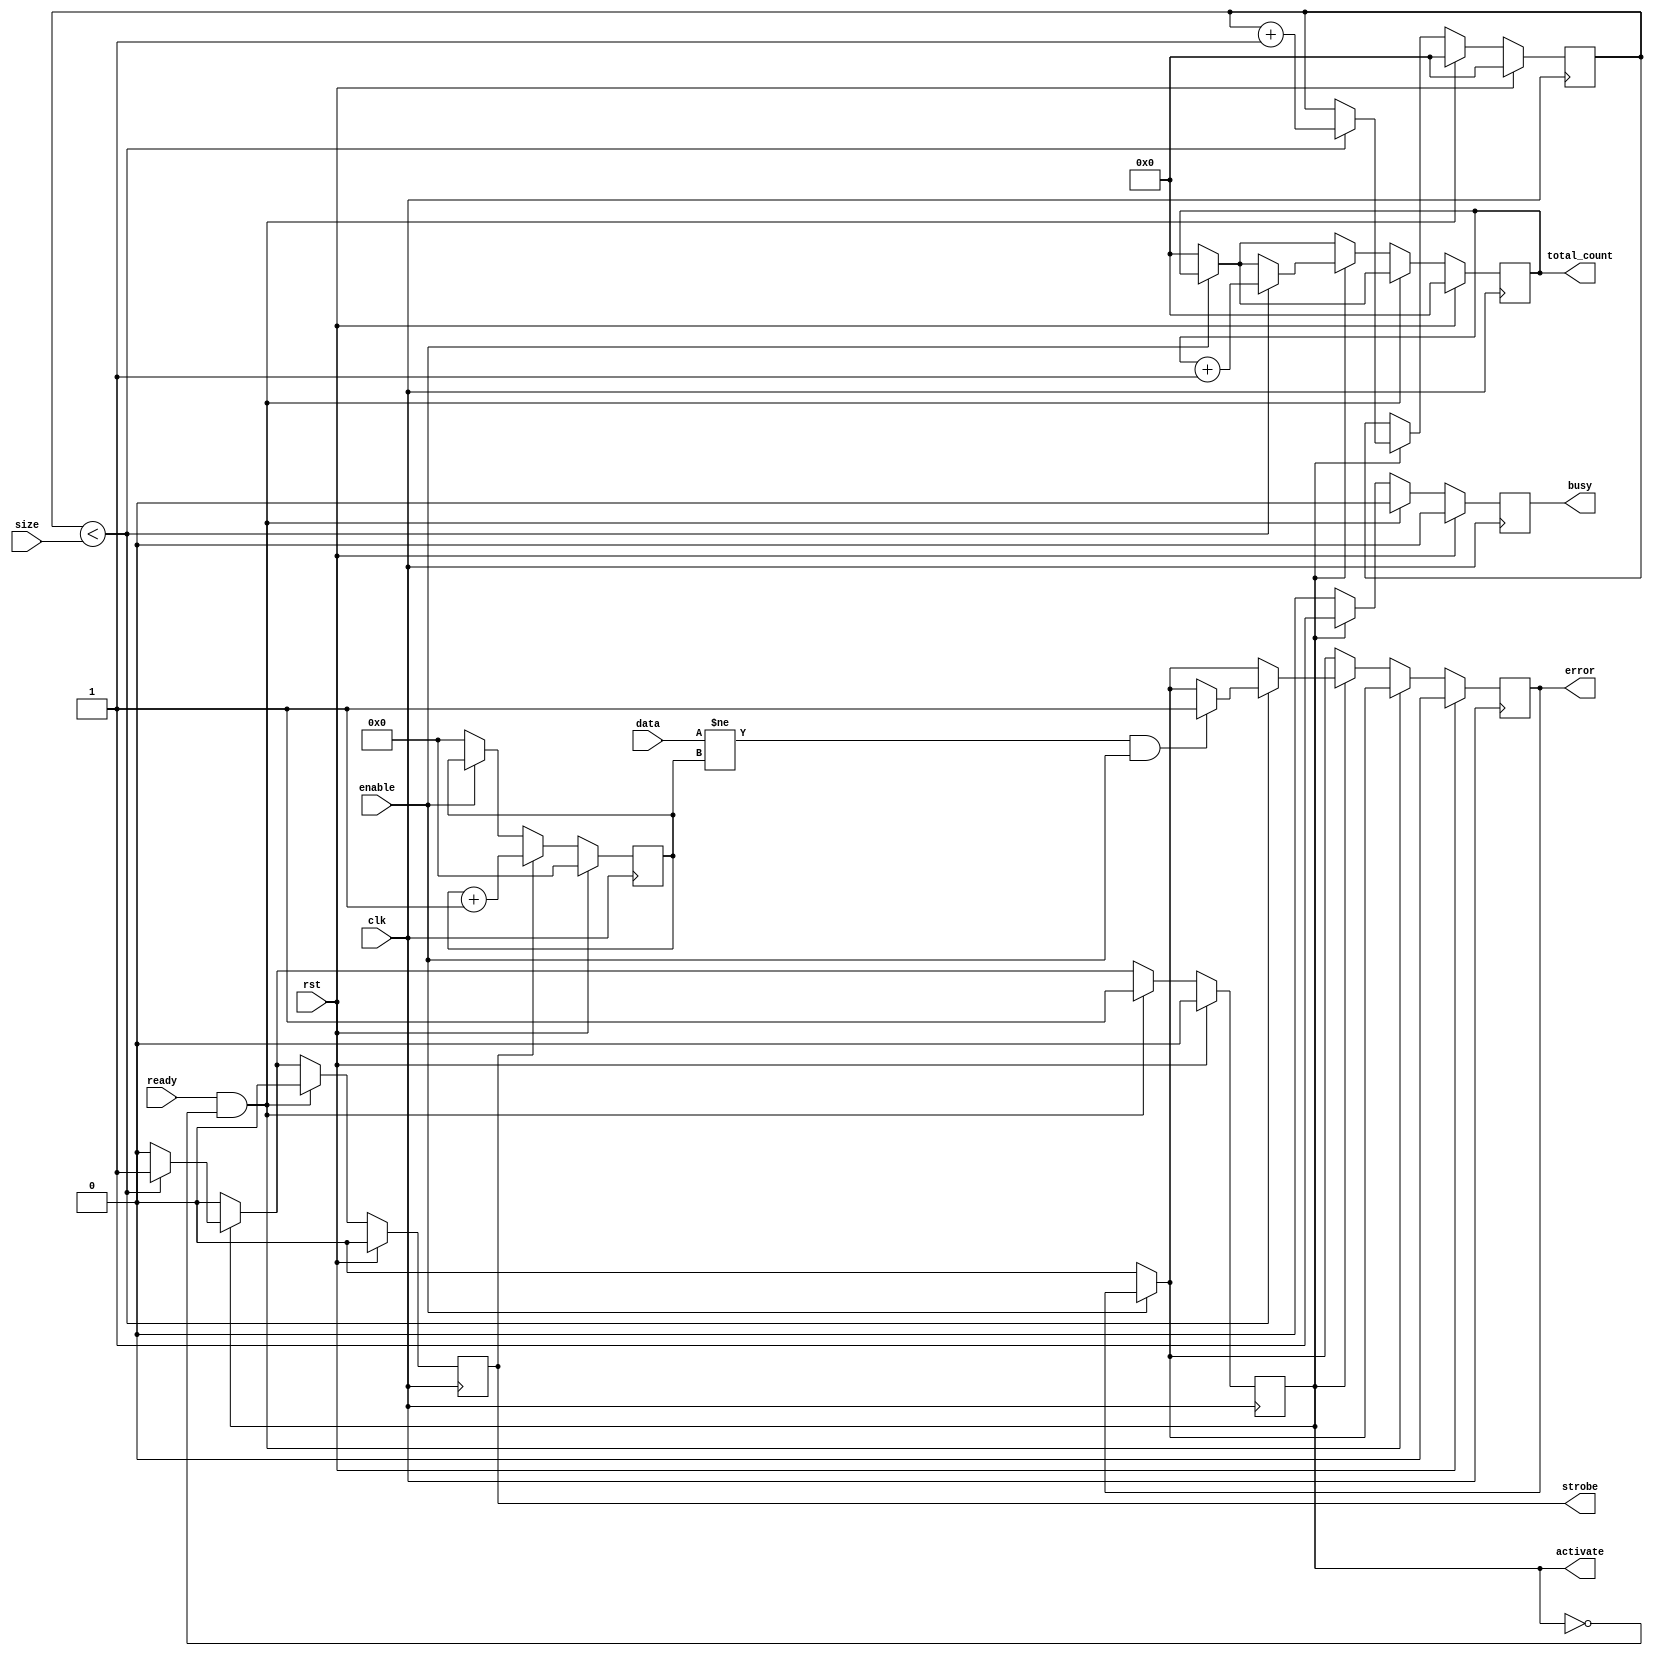
module test_out (
  input               clk,
  input               rst,

  input               enable,
  output  reg         busy,
  output  reg         error,

  input               ready,
  output  reg         activate,
  input       [23:0]  size,
  input       [31:0]  data,
  output  reg         strobe,
  output  reg [23:0]  total_count
  
);

reg           [31:0]  test_value;
reg           [23:0]  count;

always @ (posedge clk) begin
  if (rst) begin
    activate          <=  0;
    count             <=  0;
    test_value        <=  32'h0;
    error             <=  0;
    busy              <=  0;
    total_count       <=  0;
    strobe            <=  0;
  end
  else begin
    busy              <=  0;
    strobe            <=  0;
    //The user is not asking to check anything
    if (!enable) begin
      //activate        <=  0;
      //count           <=  0;
      test_value      <=  32'h0;
      error           <=  0;
      total_count     <=  0;
    end

    //Looking for total count
    //busy            <=  1;
    if (ready && !activate) begin
      count         <=  0;
      activate      <=  1;
    end
    else if (activate) begin
      busy            <= 1;
      if (count < size) begin
        strobe      <=  1;
        total_count <=  total_count + 1;
        count       <=  count + 1;
        if ((data != test_value) && enable) begin
          error     <=  1;
        end
      end
      else begin
        activate  <=  0;
      end
    end
    if (strobe) begin
      test_value  <= test_value + 1;
    end
  end
end

endmodule